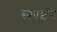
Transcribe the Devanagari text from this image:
स्‍काइंग